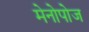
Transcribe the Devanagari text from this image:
मेनोपोज